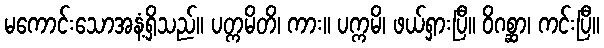
မကောင်းသောအနံ့ရှိသည်။ ပတ္ကမိတိ၊ ကား။ ပက္ကမိ၊ ဖယ်ရှားပြီ။ ဝိဂစ္ဆာ၊ ကင်းပြီ။